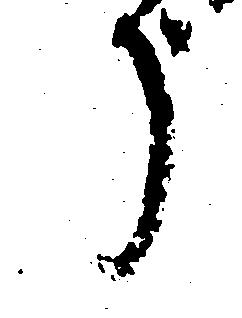
う